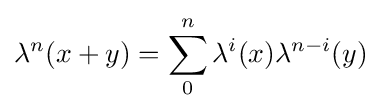
\lambda ^{n}(x+y)=\sum _{0}^{n}\lambda ^{i}(x)\lambda ^{n-i}(y)